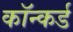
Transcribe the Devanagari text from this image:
कॉन्कर्ड